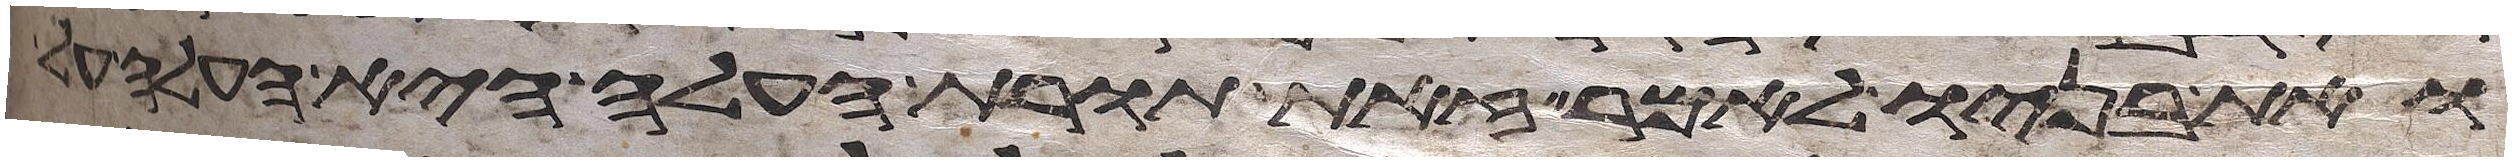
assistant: ואת בניו לאמר זאת תורת העלה היא העלה